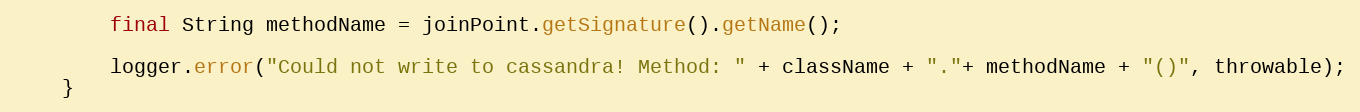
Language: Java
        final String methodName = joinPoint.getSignature().getName();

        logger.error("Could not write to cassandra! Method: " + className + "."+ methodName + "()", throwable);
    }